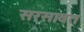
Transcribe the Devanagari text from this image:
सरसावत